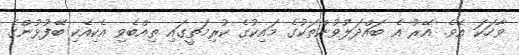
ވާހަކަ އެވެ. އޭރު އެ ބައްދަލުވުންތަކުގެ މައިކުގެ ކުރިމަތީގައި ތިއްބެވި އެކިއެކި ބޭފުޅުންގެ